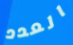
العدد